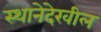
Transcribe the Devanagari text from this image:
स्थानेदेखील